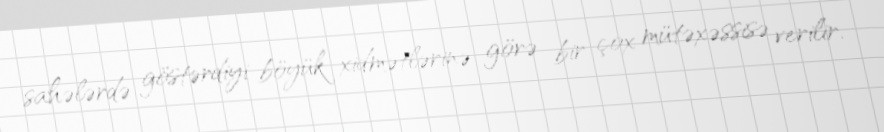
sahələrdə göstərdiyi böyük xidmətlərinə görə bir çox mütəxəssisə verilir.